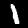
Label: 1